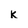
Character: K